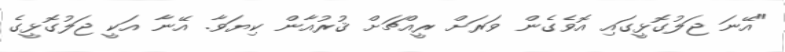
"އޭނަ ޖަލުގޮޅީގައި އޮވެގެން ވަރަށް ރީއްޗަށް ޤުރުއާން ކިޔަވާ. އޭނާ އަކީ ޖަލުގޮޅީގެ